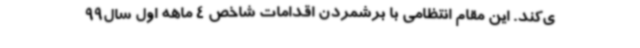
ی‌کند. این مقام انتظامی با برشمردن اقدامات شاخص 4 ماهه اول سال99